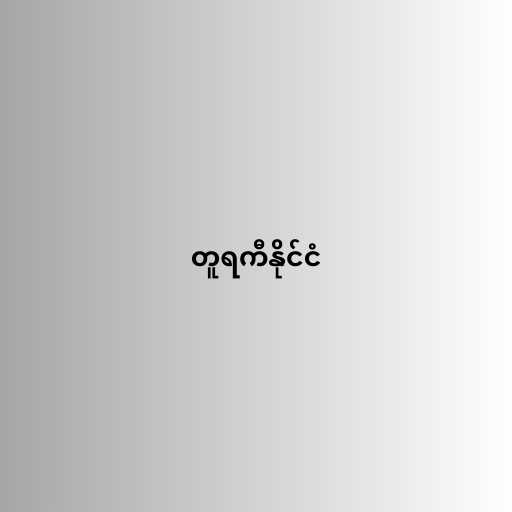
တူရကီနိုင်ငံ